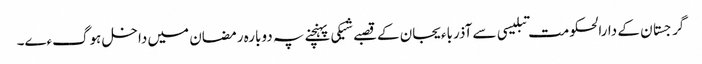
گرجستان کے دارالحکومت تبلیسی سے آذرباءیجان کے قصبے شیکی پہنچنے پہ دوبارہ رمضان میں داخل ہوگءے۔